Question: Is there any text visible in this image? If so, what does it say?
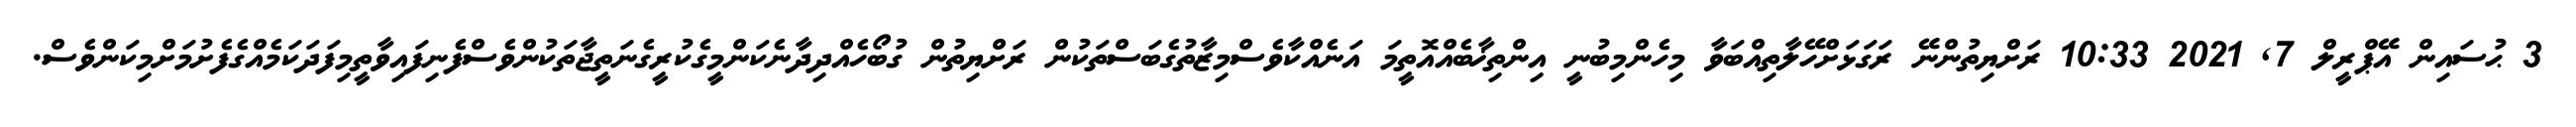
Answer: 3 ޙުސައިން އޭޕްރީލް 7, 2021 10:33 ރަށްޔިތުންނޭ ރަގަޅަށްހޭލާތިއްބަވާ މިހެންމިބުނީ އިންތިޚާބެއްއޮތީމަ އަނެއްކާވެސްމިޒާތުގެބަސްތަކުން ރަށްޔިތުން ގުބޯހެއްދިދާނެކަންމީގެކުރީގެނަތީޖާތަކުންވެސްފެނިފައިވާތީމިފަދަކަމެއްގެފެށުމަށްމިކަންވެސް.